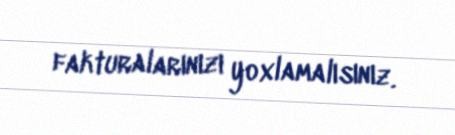
fakturalarınızı yoxlamalısınız.